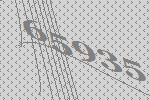
65935